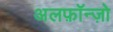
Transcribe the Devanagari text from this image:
अलफ़ॉन्ज़ो